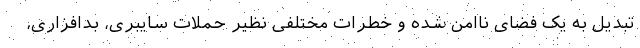
تبدیل به یک فضای ناامن شده و خطرات مختلفی نظیر حملات سایبری، بدافزاری،